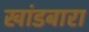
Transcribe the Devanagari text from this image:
खांडबारा